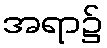
အရာ၌